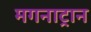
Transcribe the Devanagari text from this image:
मगनाट्रान